Lunatic asylums Central Provinces reports 1895-1909 - 1895-1909
Year: 1895
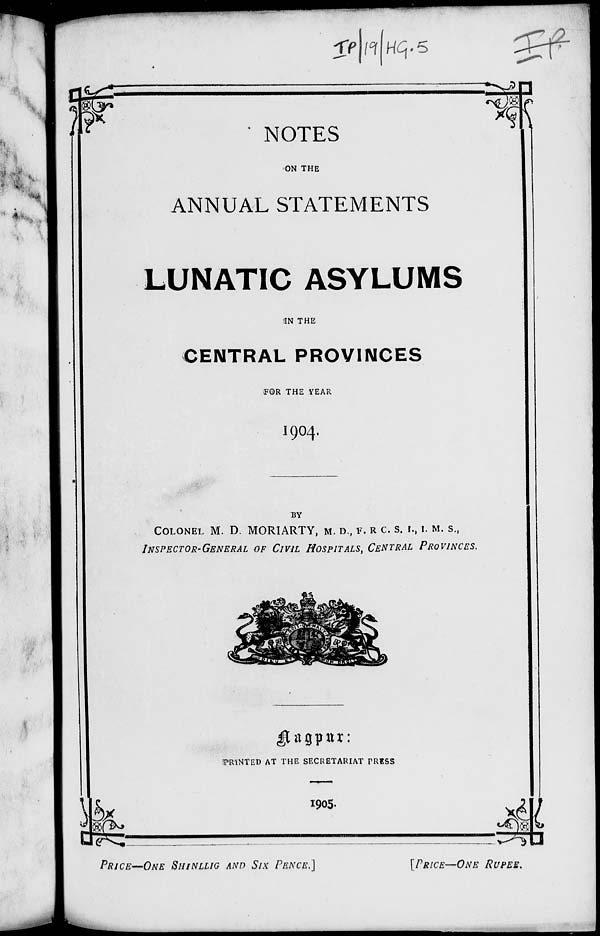
NOTES
ON THE
ANNUAL STATEMENTS
LUNATIC ASYLUMS
IN THE
CENTRAL PROVINCES
FOR THE YEAR
1904.
BY
COLONEL M. D. MORIARTY, M. D., F. R. C. S. I., I. M. S.,
INSPECTOR-GENERAL OF CIVIL HOSPITALS, CENTRAL PROVINCES.
Nagpur:
PRINTED AT THE SECRETARIAT PRESS
1905.
PRICE—ONE SHINLLIG AND SIX PENCE.]
[PRICE—ONE
RUPEE.